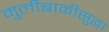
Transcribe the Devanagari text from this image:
मुलीबाळीसुद्धा